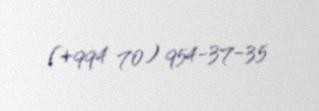
(+994 70) 954-37-35